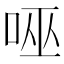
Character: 𭇹